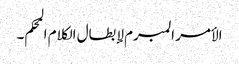
الأمر المبرم لإبطال الکلام المحکم۔